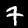
Digit: 7